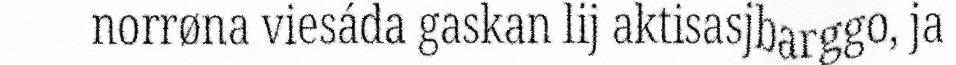
norrøna viesáda gaskan lij aktisasjbarggo, ja